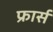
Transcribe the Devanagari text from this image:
फ्रार्स